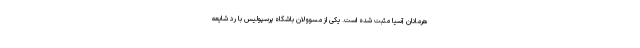
هرمانان آسیا مثبت شده است. یکی از مسوولان باشگاه پرسپولیس با رد شایعه